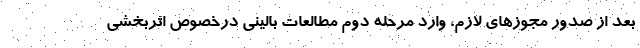
بعد از صدور مجوزهای لازم، وارد مرحله دوم مطالعات بالینی درخصوص اثربخشی